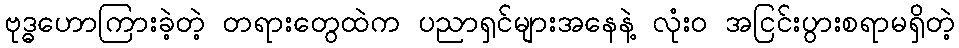
ဗုဒ္ဓဟောကြားခဲ့တဲ့ တရားတွေထဲက ပညာရှင်များအနေနဲ့ လုံးဝ အငြင်းပွားစရာမရှိတဲ့